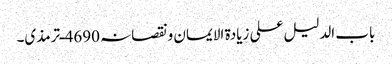
باب الدلیل علی زیادۃ الایمان ونقصانہ 4690ـ ترمذی۔